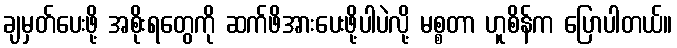
ချမှတ်ပေးဖို့ အစိုးရတွေကို ဆက်ဖိအားပေးဖို့ပါပဲလို့ မစ္စတာ ဟူစိန်က ပြောပါတယ်။